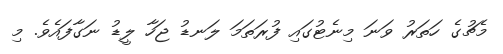
މެޗުގެ ހަތަރު ވަނަ މިނެޓުގައި ފުރަތަމަ ލަނޑު ޖަހާ ލީޑު ނަގާފައެވެ. މި